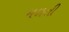
મળતી